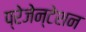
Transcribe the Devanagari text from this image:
प्रेजेन्टेशन